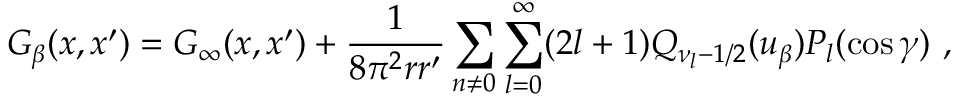
G _ { \beta } ( x , x ^ { \prime } ) = G _ { \infty } ( x , x ^ { \prime } ) + \frac { 1 } { 8 \pi ^ { 2 } r r ^ { \prime } } \sum _ { n \neq 0 } \sum _ { l = 0 } ^ { \infty } ( 2 l + 1 ) Q _ { \nu _ { l } - 1 / 2 } ( u _ { \beta } ) P _ { l } ( \cos \gamma ) \ ,